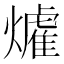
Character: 𱬟